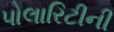
પોલારિટીની